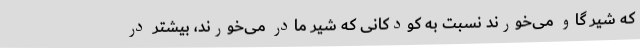
که شیر گاو می‌خورند نسبت به کودکانی که شیر مادر می‌خورند، بیشتر در